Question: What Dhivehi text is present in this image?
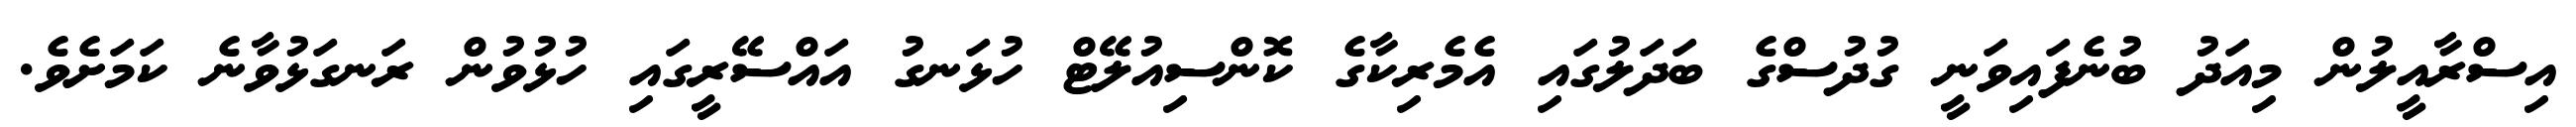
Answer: އިސްރާއީލުން މިއަދު ބުނެފައިވަނީ ގުދުސްގެ ބަދަލުގައި އެމެރިކާގެ ކޮންސިއުލޭޓް ހުޅަނގު އައްސޭރީގައި ހުޅުވުން ރަނގަޅުވާނެ ކަމަށެވެ.